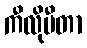
ကီလိုမီတာ